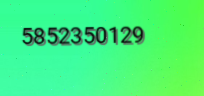
5852350129